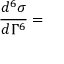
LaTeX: { \frac { d ^ { 6 } \sigma } { d \Gamma ^ { 6 } } } =